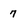
Character: 7